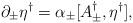
LaTeX: \begin{align*}\partial_\pm \eta^\dagger = \alpha_\pm [A_\pm^\dagger, \eta^\dagger],\end{align*}